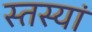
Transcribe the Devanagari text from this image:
स्तस्यां